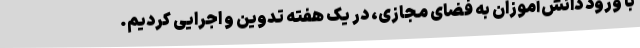
با ورود دانش‌آموزان به فضای مجازی، در یک هفته تدوین و اجرایی کردیم.